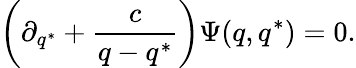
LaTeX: \left(\partial_{q^{*}}+\frac{c}{q-q^{*}}\right)\Psi(q,q^{*})=0.